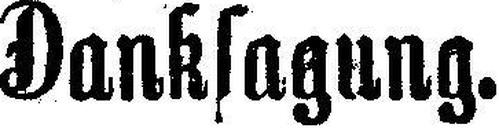
Danksagung.